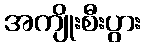
အကျိုးစီးပွား